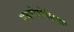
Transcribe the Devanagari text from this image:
एयरोस्पेशिएल